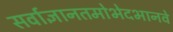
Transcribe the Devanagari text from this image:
सर्वाज्ञानतमोभेदभानवे